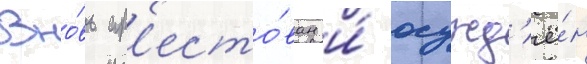
Вно́вь ар'есто́ван и́ осужд'ё́н